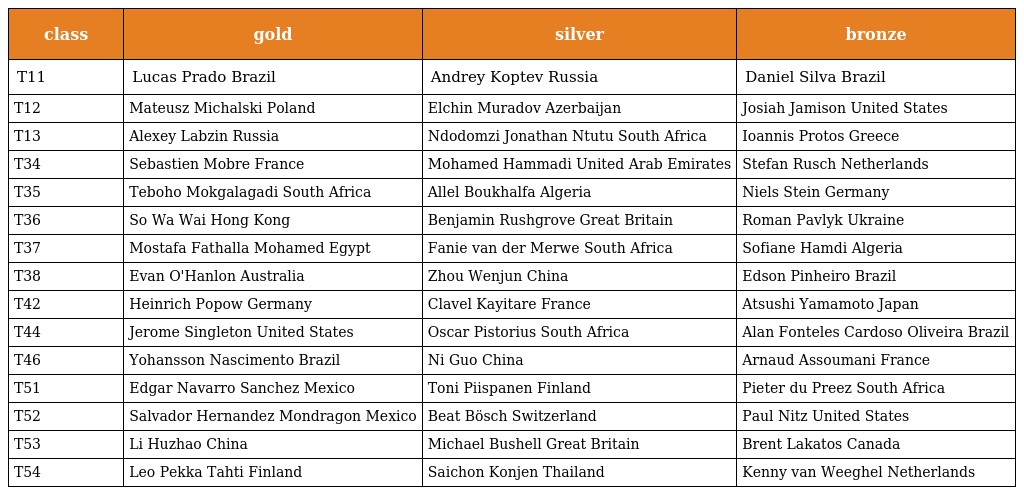
| class | gold | silver | bronze |
 | --- | --- | --- | --- |
 | T11 | Lucas Prado Brazil | Andrey Koptev Russia | Daniel Silva Brazil |
 | T12 | Mateusz Michalski Poland | Elchin Muradov Azerbaijan | Josiah Jamison United States |
 | T13 | Alexey Labzin Russia | Ndodomzi Jonathan Ntutu South Africa | Ioannis Protos Greece |
 | T34 | Sebastien Mobre France | Mohamed Hammadi United Arab Emirates | Stefan Rusch Netherlands |
 | T35 | Teboho Mokgalagadi South Africa | Allel Boukhalfa Algeria | Niels Stein Germany |
 | T36 | So Wa Wai Hong Kong | Benjamin Rushgrove Great Britain | Roman Pavlyk Ukraine |
 | T37 | Mostafa Fathalla Mohamed Egypt | Fanie van der Merwe South Africa | Sofiane Hamdi Algeria |
 | T38 | Evan O'Hanlon Australia | Zhou Wenjun China | Edson Pinheiro Brazil |
 | T42 | Heinrich Popow Germany | Clavel Kayitare France | Atsushi Yamamoto Japan |
 | T44 | Jerome Singleton United States | Oscar Pistorius South Africa | Alan Fonteles Cardoso Oliveira Brazil |
 | T46 | Yohansson Nascimento Brazil | Ni Guo China | Arnaud Assoumani France |
 | T51 | Edgar Navarro Sanchez Mexico | Toni Piispanen Finland | Pieter du Preez South Africa |
 | T52 | Salvador Hernandez Mondragon Mexico | Beat Bösch Switzerland | Paul Nitz United States |
 | T53 | Li Huzhao China | Michael Bushell Great Britain | Brent Lakatos Canada |
 | T54 | Leo Pekka Tahti Finland | Saichon Konjen Thailand | Kenny van Weeghel Netherlands |